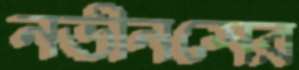
নভীনসের